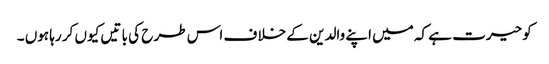
کو حیرت ہے کہ میں اپنے والدین کے خلا ف اس طر ح کی با تیں کیوں کر رہا ہوں ۔